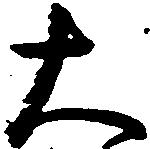
大